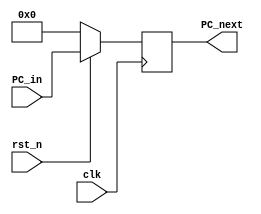

// module Program_Counter (clk, rst_n,PC_present, PC_out);
//     parameter n = 32;
//     input clk;
//     input rst_n;
//     input [n-1:0] PC_present;
//     output wire [n-1:0] PC_out;
//     reg [n-1:0] PC_next;
//     always @(posedge clk) begin
//         if(~rst_n) begin
//             PC_next <= 32'h0;
//         end
//         else
//             PC_next <= PC_present;
//     end 
//     assign PC_out = PC_next + 32'h4;   
// endmodule

module Program_Counter (clk, rst_n, PC_in, PC_next);
    parameter n = 32;
    input clk;
    input rst_n;
    input [n-1:0] PC_in;
    output reg [n-1:0] PC_next;
    always @(posedge clk) begin
        if(~rst_n) begin
            PC_next <= 32'h0;
        end
        else
            PC_next <= PC_in;
    end    
endmodule

module PCadd4 (PC_next, PC_out);
    parameter n = 32;
    input [n-1:0] PC_next;
    output [n-1:0] PC_out;

    assign PC_out = PC_next + 32'h4;
endmodule